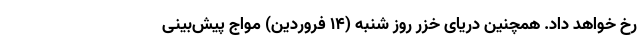
رخ خواهد داد. همچنین دریای خزر روز شنبه (۱۴ فروردین) مواج پیش‌بینی